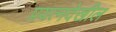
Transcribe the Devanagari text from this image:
प्रयत्‍नदेखील